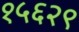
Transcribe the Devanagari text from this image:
१५६२९